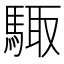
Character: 𮪊